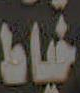
خياط